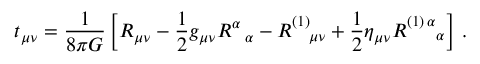
t _ { \mu \nu } = \frac { 1 } { 8 \pi { \cal G } } \left[ R _ { \mu \nu } - \frac { 1 } { 2 } g _ { \mu \nu } R _ { \; \; \; \alpha } ^ { \alpha } - R _ { \; \; \; \; \mu \nu } ^ { ( 1 ) } + \frac { 1 } { 2 } \eta _ { \mu \nu } R _ { \; \; \; \; \; \; \; \alpha } ^ { ( 1 ) \, \alpha } \right] \, .